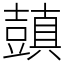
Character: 𧰊